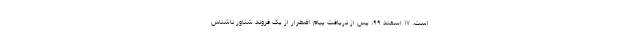
است. ۱۷ اسفند ۹۹، پس از دریافت پیام اضطرار از یک فروند شناور ناشناس